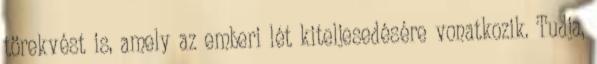
törekvést is, amely az emberi lét kiteljesedésére vonatkozik. Tudja,